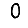
Digit: 0